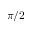
\pi / 2